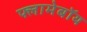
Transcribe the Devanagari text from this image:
फ्लामेबॉय